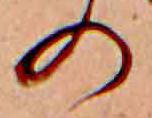
の